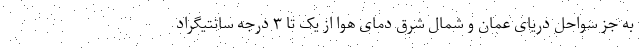
به جز سواحل دریای عمان و شمال شرق دمای هوا از یک تا ۳ درجه سانتیگراد